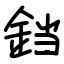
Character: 𫟰